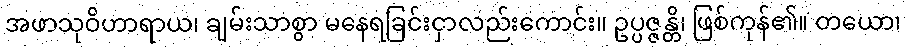
အဖာသုဝိဟာရာယ၊ ချမ်းသာစွာ မနေရခြင်းငှာလည်းကောင်း။ ဥပ္ပဇ္ဇန္တိ၊ ဖြစ်ကုန်၏။ တယော၊